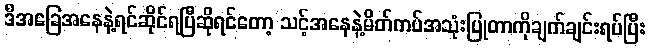
ဒီအခြေအနေနဲ့ရင်ဆိုင်ရပြီဆိုရင်တော့ သင့်အနေနဲ့မိတ်ကပ်အသုံးပြုတာကိုချက်ချင်းရပ်ပြီး